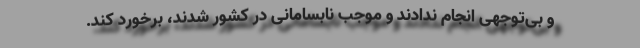
و بی‌توجهی انجام ندادند و موجب نابسامانی در کشور شدند، برخورد کند.